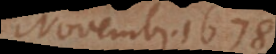
Novembr. 1678